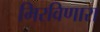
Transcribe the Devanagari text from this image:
मिरविणारा